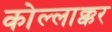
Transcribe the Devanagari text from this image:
कोल्लाक्कर